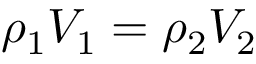
\rho _ { 1 } V _ { 1 } = \rho _ { 2 } V _ { 2 }